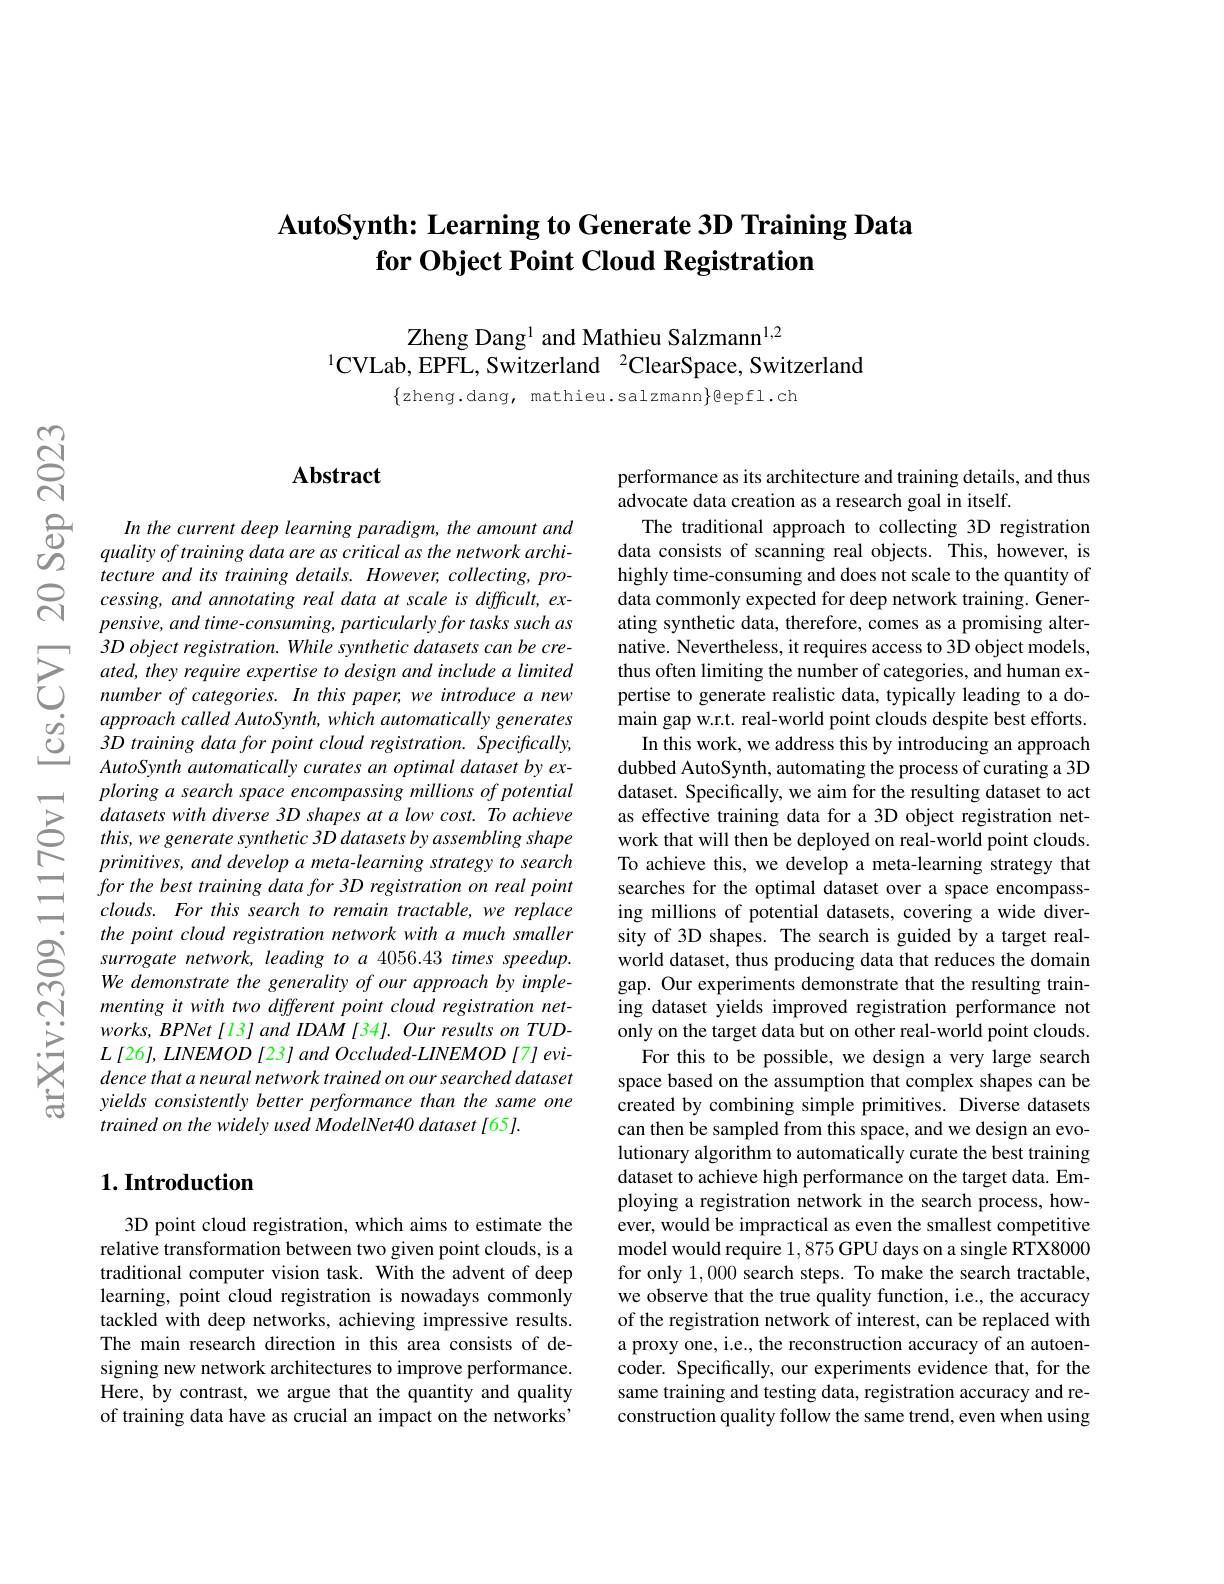
### AutoSynth: Learning to Generate 3D Training Data for Object Point Cloud Registration

Zheng Dang$^{1}$ and Mathieu Salzmann$^{1,2}$
$^{1}$CVLab, EPFL, Switzerland$^2$ClearSpace, Switzerland

$\{z$heng.dang, mathieu.salzmann$\}$eepfl.ch

$సి$

$ଝୁ$

### $\mathbf{Abstract}$

cessing, and annotating real data at scale is difficult, ex- $pensive,and$ time-consuming, particularly for tasks such as 3D object registration. While synthetic datasets can be cre-
$\begin{array}{lllll}&approach\:called\:AutoSynth,\:which\:automatically\:generates\\\textcircled$
ploring a search space encompassing millions of potential datasets with diverse 3D shapes at a low cost. To achieve this, we generate synthetic 3D datasets by assembling shape primitives, and develop a meta-learning strategy to search for the best training data for 3D registration on real point clouds. For this search to remain tractable, we replace the point cloud registration network with a much smaller surrogate network, leading to a 4056.43 times speedup. We demonstrate the generality of our approach by implementing it with two different point cloud registration net- $works,BPNet[l3]andIDAM[34].OurresultsonTUD-$ $L\left[26\right],LINEMOD\left[23\right]andOccluded-LINEMOD\left[7\right]evi-$ dence that a neural network trained on our searched dataset yields consistently better performance than the same one trained on the widely used ModelNet40 dataset [65].

## $1. \textbf{Introduction}$

3D point cloud registration, which aims to estimate the relative transformation between two given point clouds, is a traditional computer vision task. With the advent of deep learning, point cloud registration is nowadays commonly tackled with deep networks, achieving impressive results. The main research direction in this area consists of designing new network architectures to improve performance. Here, by contrast, we argue that the quantity and quality of training data have as crucial an impact on the networks'

performance as its architecture and training details, and thus
advocate data creation as a research goal in itself.
The traditional approach to collecting 3D registration data consists of scanning real objects. This, however, is highly time-consuming and does not scale to the quantity of data commonly expected for deep network training. Generating synthetic data, therefore, comes as a promising alternative. Nevertheless, it requires access to 3D object models,
In this work, we address this by introducing an approach dubbed AutoSynth, automating the process of curating a 3D dataset. Specifically, we aim for the resulting dataset to act as effective training data for a 3D object registration network that will then be deployed on real-world point clouds. To achieve this, we develop a meta-learning strategy that searches for the optimal dataset over a space encompassing millions of potential datasets, covering a wide diversity of 3D shapes. The search is guided by a target realworld dataset, thus producing data that reduces the domain gap. Our experiments demonstrate that the resulting training dataset yields improved registration performance not only on the target data but on other real-world point clouds.
For this to be possible, we design a very large search space based on the assumption that complex shapes can be created by combining simple primitives. Diverse datasets can then be sampled from this space, and we design an evolutionary algorithm to automatically curate the best training dataset to achieve high performance on the target data. Employing a registration network in the search process, however, would be impractical as even the smallest competitive model would require 1,875 GPU days on a single RTX8000 for only 1,000 search steps. To make the search tractable, we observe that the true quality function, i.e., the accuracy of the registration network of interest, can be replaced with a proxy one, i.e., the reconstruction accuracy of an autoencoder. Specifically, our experiments evidence that, for the same training and testing data, registration accuracy and reconstruction quality follow the same trend, even when using